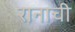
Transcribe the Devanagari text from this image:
रानाची